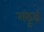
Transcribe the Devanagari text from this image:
गठूडं